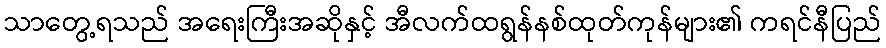
သာတွေ့ရသည် အရေးကြီးအဆိုနှင့် အီလက်ထရွန်နစ်ထုတ်ကုန်များ၏ ကရင်နီပြည်